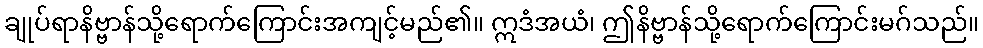
ချုပ်ရာနိဗ္ဗာန်သို့ရောက်ကြောင်းအကျင့်မည်၏။ ဣဒံအယံ၊ ဤနိဗ္ဗာန်သို့ရောက်ကြောင်းမဂ်သည်။